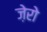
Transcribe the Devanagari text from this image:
ज़ेरो